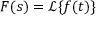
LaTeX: F ( s ) = { \mathcal { L } } \{ f ( t ) \}